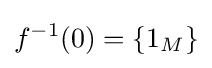
f^{-1}(0)=\{1_{M}\}